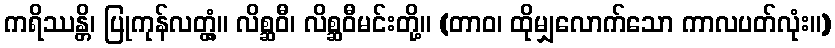
ကရိဿန္တိ၊ ပြုကုန်လတ္တံ့။ လိစ္ဆဝီ၊ လိစ္ဆဝီမင်းတို့။ (တာဝ၊ ထိုမျှလောက်သော ကာလပတ်လုံး။)